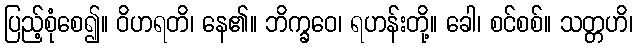
ပြည့်စုံစေ၍။ ဝိဟရတိ၊ နေ၏။ ဘိက္ခဝေ၊ ရဟန်းတို့။ ခေါ၊ စင်စစ်။ သတ္တဟိ၊